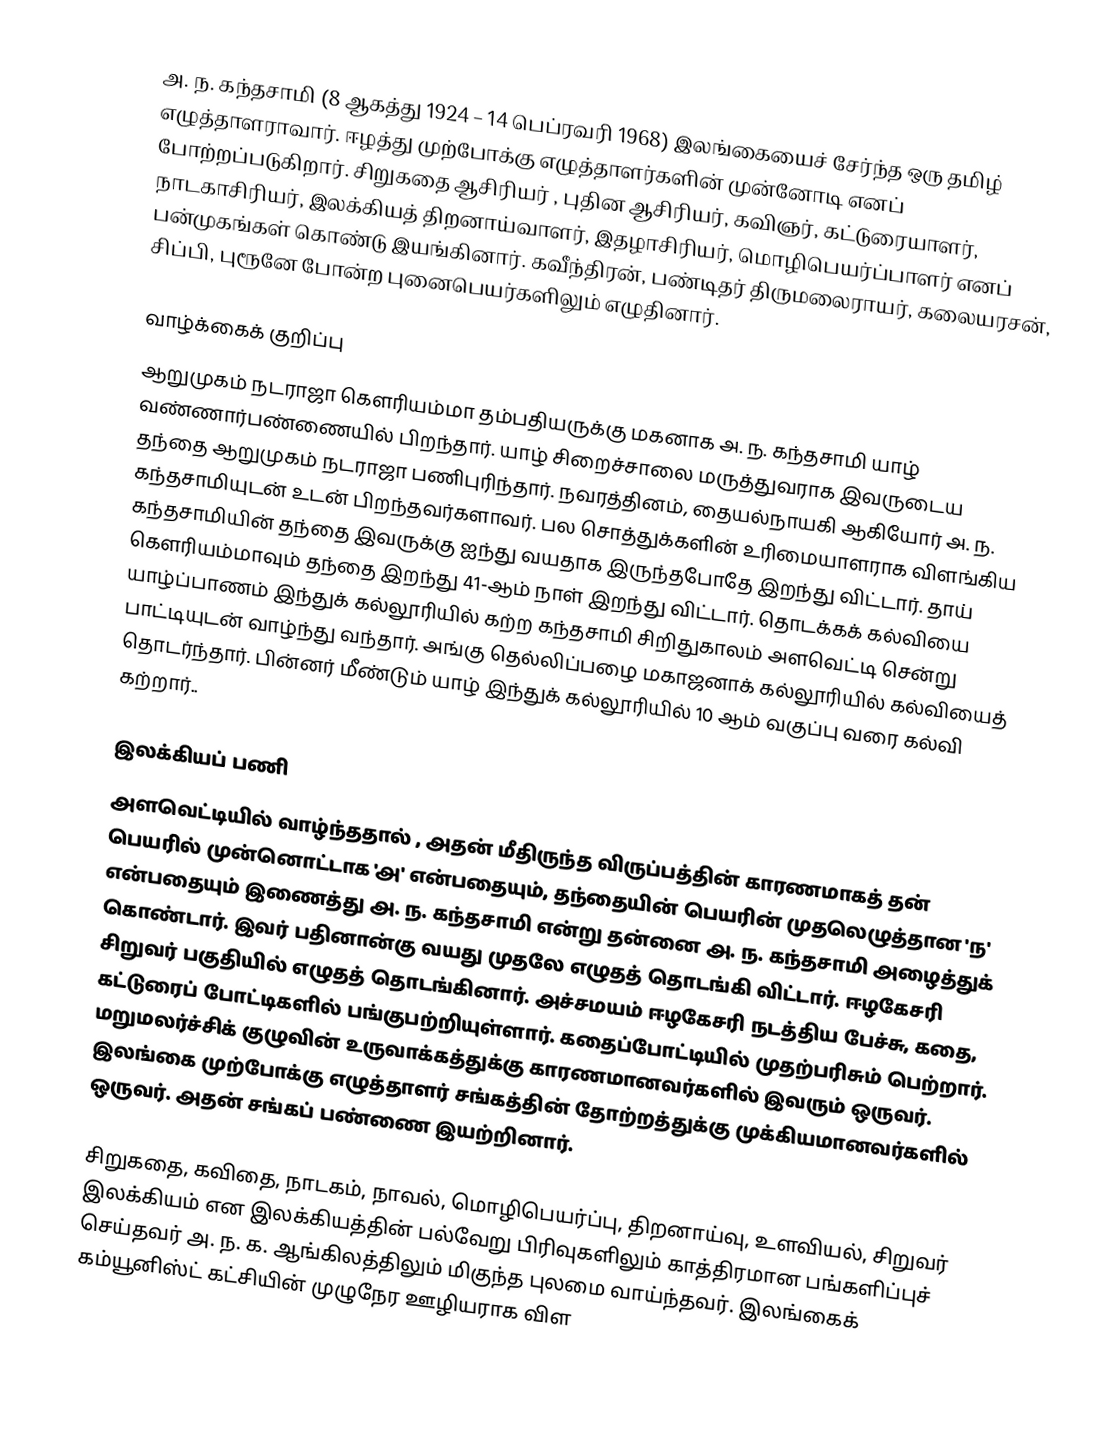
அ. ந. கந்தசாமி (8 ஆகத்து 1924 – 14 பெப்ரவரி 1968) இலங்கையைச் சேர்ந்த ஒரு தமிழ் எழுத்தாளராவார். ஈழத்து முற்போக்கு எழுத்தாளர்களின் முன்னோடி எனப் போற்றப்படுகிறார். சிறுகதை ஆசிரியர் , புதின ஆசிரியர், கவிஞர், கட்டுரையாளர், நாடகாசிரியர், இலக்கியத் திறனாய்வாளர், இதழாசிரியர், மொழிபெயர்ப்பாளர் எனப் பன்முகங்கள் கொண்டு இயங்கினார். கவீந்திரன், பண்டிதர் திருமலைராயர், கலையரசன், சிப்பி, புரூனே போன்ற புனைபெயர்களிலும் எழுதினார்.

வாழ்க்கைக் குறிப்பு
ஆறுமுகம் நடராஜா கெளரியம்மா தம்பதியருக்கு மகனாக அ. ந. கந்தசாமி யாழ் வண்ணார்பண்ணையில்  பிறந்தார். யாழ் சிறைச்சாலை மருத்துவராக இவருடைய தந்தை ஆறுமுகம் நடராஜா பணிபுரிந்தார். நவரத்தினம், தையல்நாயகி ஆகியோர் அ. ந. கந்தசாமியுடன் உடன் பிறந்தவர்களாவர். பல சொத்துக்களின் உரிமையாளராக விளங்கிய கந்தசாமியின் தந்தை இவருக்கு ஐந்து வயதாக இருந்தபோதே இறந்து விட்டார். தாய் கௌரியம்மாவும் தந்தை இறந்து 41-ஆம் நாள் இறந்து விட்டார். தொடக்கக் கல்வியை யாழ்ப்பாணம் இந்துக் கல்லூரியில் கற்ற கந்தசாமி சிறிதுகாலம் அளவெட்டி சென்று பாட்டியுடன் வாழ்ந்து வந்தார். அங்கு தெல்லிப்பழை மகாஜனாக் கல்லூரியில் கல்வியைத் தொடர்ந்தார். பின்னர் மீண்டும் யாழ் இந்துக் கல்லூரியில் 10 ஆம் வகுப்பு வரை கல்வி கற்றார்..

இலக்கியப் பணி
அளவெட்டியில் வாழ்ந்ததால் , அதன் மீதிருந்த விருப்பத்தின் காரணமாகத் தன் பெயரில் முன்னொட்டாக 'அ' என்பதையும், தந்தையின் பெயரின் முதலெழுத்தான 'ந' என்பதையும் இணைத்து அ. ந. கந்தசாமி என்று தன்னை அ. ந. கந்தசாமி அழைத்துக் கொண்டார். இவர் பதினான்கு வயது முதலே எழுதத் தொடங்கி விட்டார். ஈழகேசரி சிறுவர் பகுதியில் எழுதத் தொடங்கினார். அச்சமயம் ஈழகேசரி நடத்திய பேச்சு, கதை, கட்டுரைப் போட்டிகளில் பங்குபற்றியுள்ளார். கதைப்போட்டியில் முதற்பரிசும் பெற்றார். மறுமலர்ச்சிக் குழுவின் உருவாக்கத்துக்கு காரணமானவர்களில் இவரும் ஒருவர். இலங்கை முற்போக்கு எழுத்தாளர் சங்கத்தின் தோற்றத்துக்கு முக்கியமானவர்களில் ஒருவர். அதன் சங்கப் பண்ணை இயற்றினார்.

சிறுகதை, கவிதை, நாடகம், நாவல், மொழிபெயர்ப்பு, திறனாய்வு, உளவியல், சிறுவர் இலக்கியம் என இலக்கியத்தின் பல்வேறு பிரிவுகளிலும் காத்திரமான பங்களிப்புச் செய்தவர் அ. ந. க. ஆங்கிலத்திலும் மிகுந்த புலமை வாய்ந்தவர். இலங்கைக் கம்யூனிஸ்ட் கட்சியின் முழுநேர ஊழியராக விள